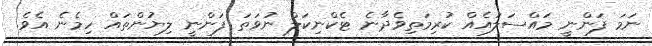
ނަމަ ފަންނީ މައްސަލައެއް ކުރިމަތިވެދާނެ ޓެކްނިކަލް ނުވަތަ ފަންނީ ލިޔުންތައް ހިމެނެ އެވެ.